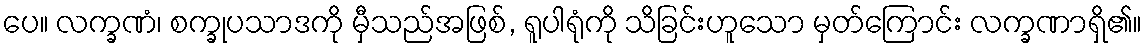
ပေ။ လက္ခဏံ၊ စက္ခုပသာဒကို မှီသည်အဖြစ်, ရူပါရုံကို သိခြင်းဟူသော မှတ်ကြောင်း လက္ခဏာရှိ၏။